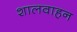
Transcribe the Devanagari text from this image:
शालवाहन